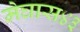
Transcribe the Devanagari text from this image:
मेघास४३